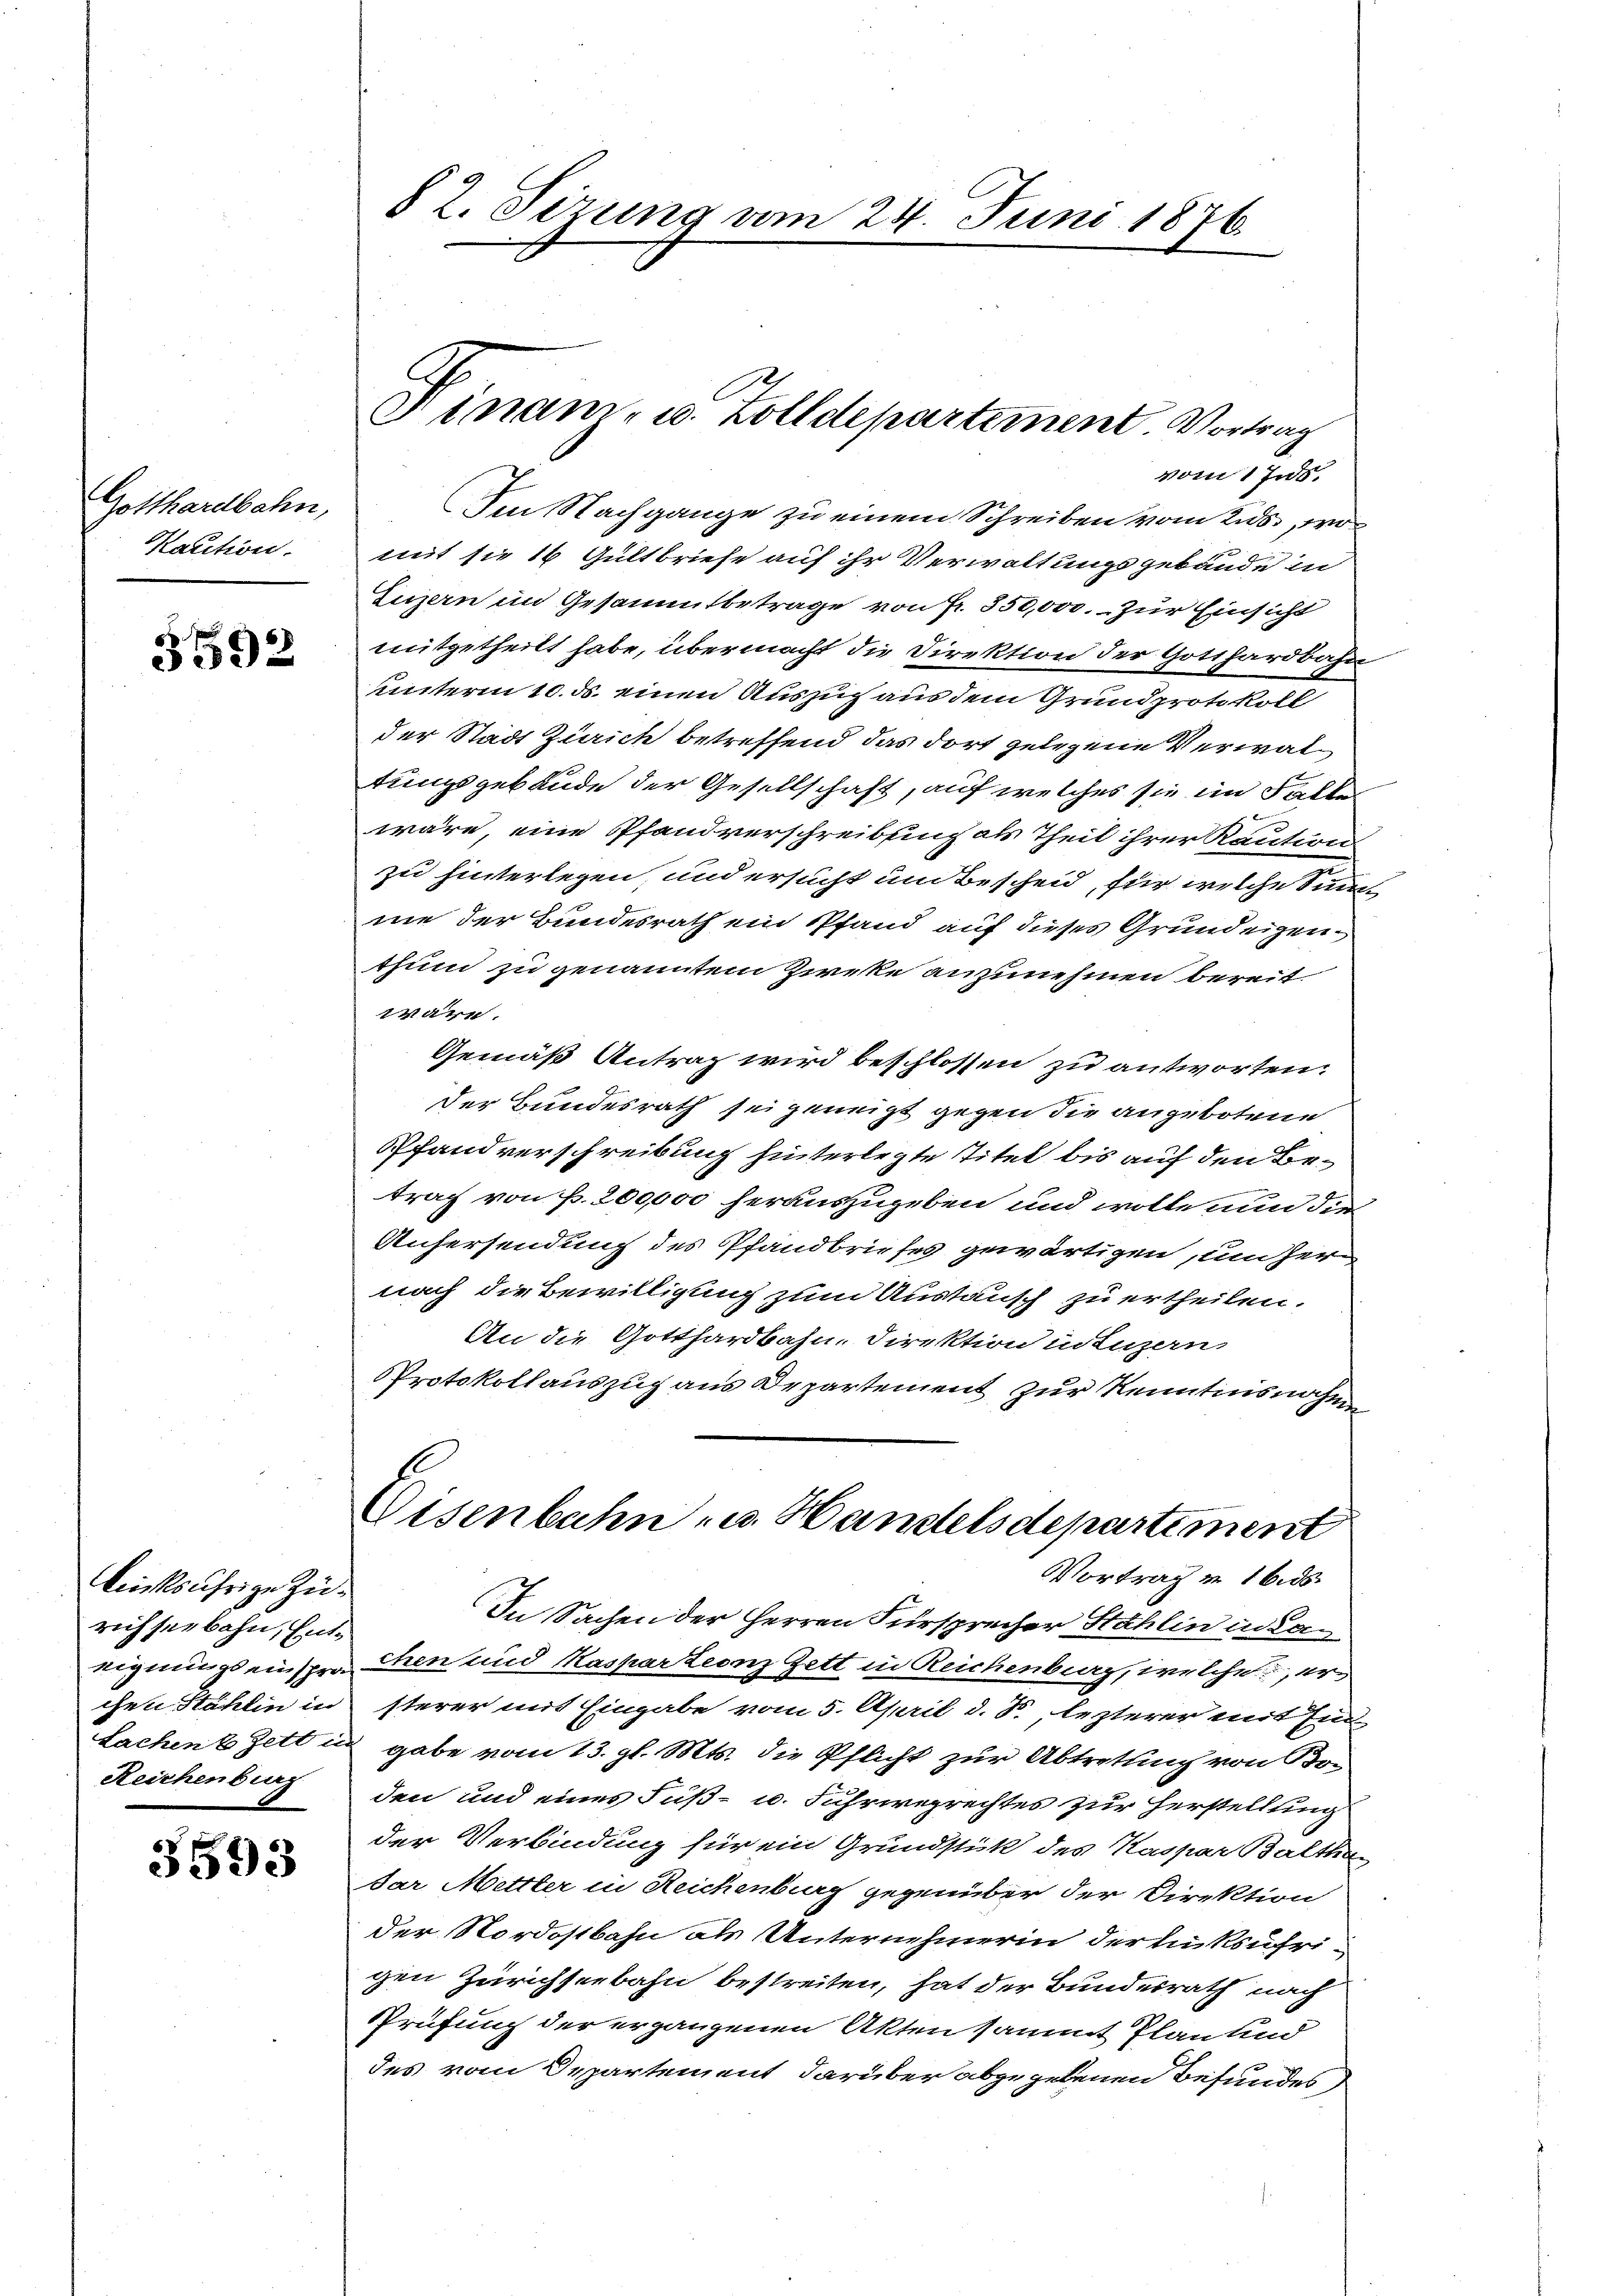
Gotthardbahn,
Kaution.

5592

linksufrige Zürichseebahn, Entchen Stählin in
Reichenburg

3593

§ 2. Sizung vom 24. Juni 1876

Finan- u. Zolldepartement. Vortrag

vom 1 Jus
Im Nachgange zu einem Schreiben vom Lids., wo
mit sie 16 Gültbriefe auf ihr Verwaltungsgebäude in
Luzern im Gesammtbetrage von fr. 350,000. zur Einsicht
mitgetheilt habe, übermacht die Direktion der Gotthardbahn
unterm 10. ds. einen Auszug aus dem Grundprotokoll
der Stadt Zürich betreffend das dort gelegene Verwaltungsgebäude der Gesellschaft, auf welches sie im Fallen
wäre, eine Pfandverschreibung als Theil ihrer Kaution
zu hinterlegen, und ersucht um Bescheid, für welche Summe der Bundesrath ein Pfand auf dieses Grundeigenthum zu genanntem Zieke anzunehmen bereit.
wäre.
Gemäß Antrag wird beschlossen zu antworten.
der Bundesrath sei geneigt gegen die angebotene
Pfandverschreibung hinterlezte Titel bis auf den Betrag von P. 200,000 herauszugeben und wolle nun die
Anhersendung des Pfandbriefes gewärtigen, um zer
nach die Bewilligung zum Austausch zu ertheilen.
An die Gotthardbahn, Direktion in Luzern,
Protokollauszug aus Departement zur Kenntnisnahm
Eisenbahn - u. Handelsdepartement
Vortrag im 16. ds.
In Sachen der Herren Fürsprecher Stahlin in Laeignungseinsprachen und Kasparteonz Zett in Reichenberg, welche, er
sterer mit Eingabe vom 5. April d. S., lezterer mit Ein¬
Sachen 8 Zett in gabe vom 13. gl. Mts. die Pflicht zur Abtretung von Bo-
den und eines Fuß- u. Fuhrwegrechtes zur Herstellung
der Verbindung für ein Grundstück des Kaspar Balther
ar Mettler in Reichenburg gegenüber der Direktion
der Nordostbahn als Unternehmerin der linksufrigen Zürichseebahn bestreiten, hat der Bundesrath nach
Prüfung der ergangenen Akten sammt Planend
des vom Departement darüber abgegebenen Befundes